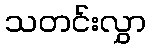
သတင်းလွှာ